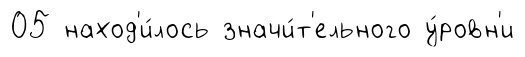
05 наход'и́лось значи́т'ельного у́ровн'и